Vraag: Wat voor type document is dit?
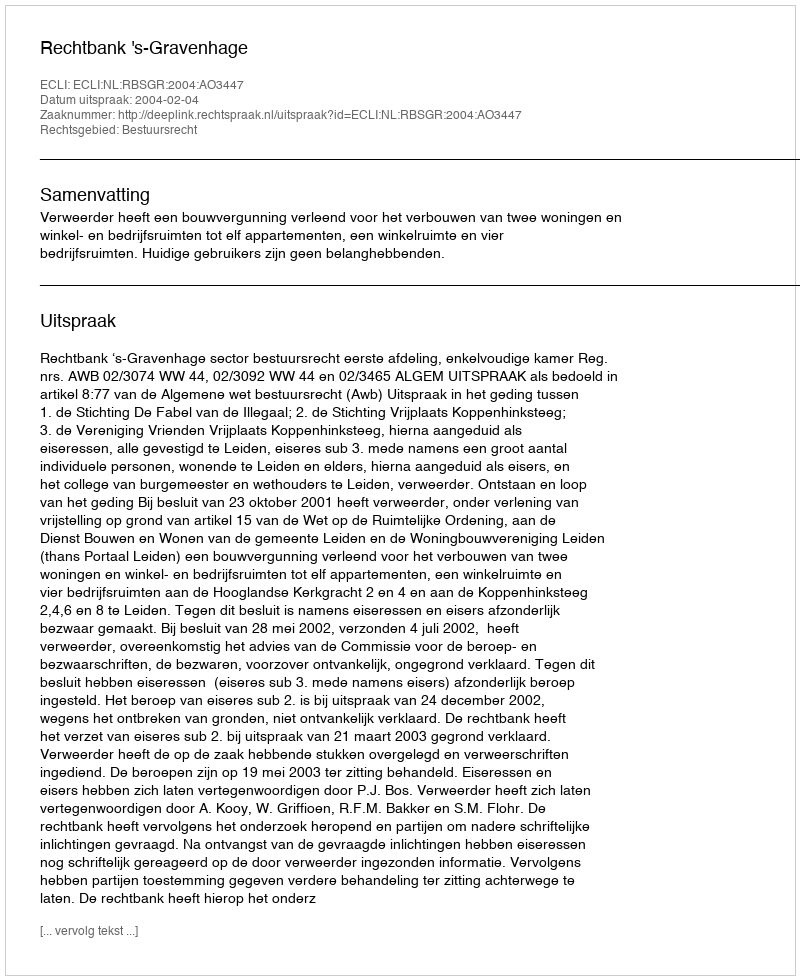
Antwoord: Uitspraak